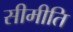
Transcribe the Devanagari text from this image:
सीमीति